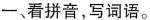
一、看拼音，写词语。